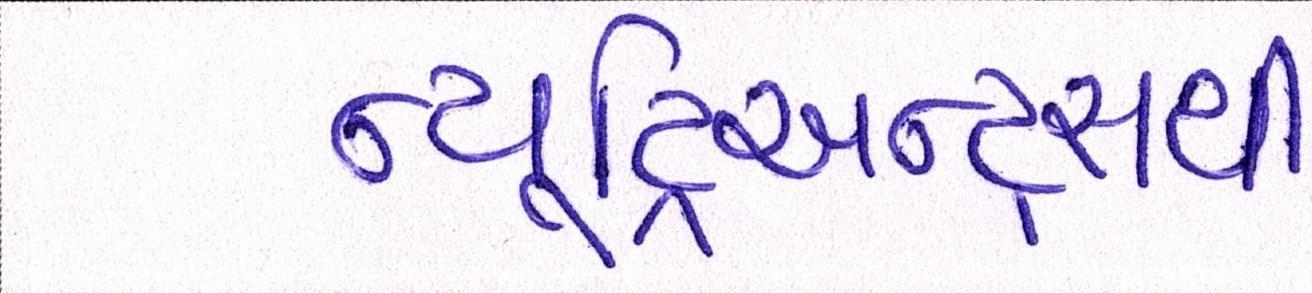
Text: ન્યૂટ્રિઅન્ટ્સથી